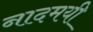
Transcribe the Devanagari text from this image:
नादमयी